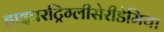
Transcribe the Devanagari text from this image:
हाइपरट्रिग्लीसेरीडेमिया